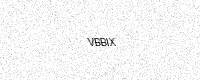
Text: VBBIX